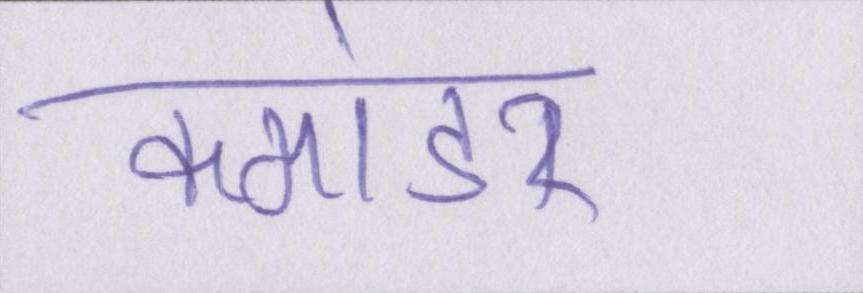
कमांडर